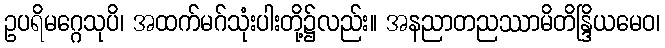
ဥပရိမဂ္ဂေသုပိ၊ အထက်မဂ်သုံးပါးတို့၌လည်း။ အနညာတညဿာမိတိန္ဒြိယမေဝ၊